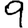
Digit: 9